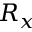
R _ { x }